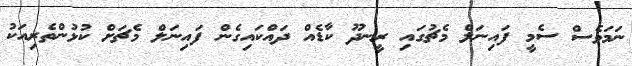
ނަމަވެސް ސެމީ ފައިނަލް މެޗުގައި ރީނދޫ ކާޑެއް ދައްކައިގެން ފައިނަލް މެޗަށް ކުޅުންތެރިއަކު